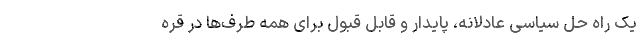
یک راه حل سیاسی عادلانه، پایدار و قابل قبول برای همه طرف‌ها در قره